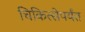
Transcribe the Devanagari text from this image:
चिकित्सेपर्यंत